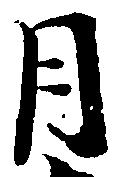
月